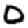
Digit: 0